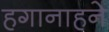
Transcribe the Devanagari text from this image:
हगानाहने